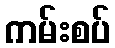
ကမ်းစပ်